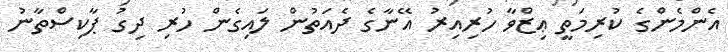
އެންމެންގެ ކުރިމަތީ ޢިޒްވާ ހުރިއިރު އޭނާގެ ދެއަތުން ލައިގެން ހުރި ދިގު ޕާކިސްތާނު